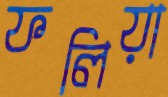
ফলিয়া